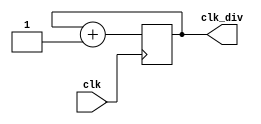
module clk_div(
    input clk,
    output reg[31:0]clk_div
  );
  initial
  begin
    clk_div=32'b0;
  end
  always @(posedge clk)
  begin
    clk_div<=clk_div+1'b1;
  end
endmodule